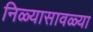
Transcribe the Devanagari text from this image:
निळ्यासावळ्या